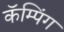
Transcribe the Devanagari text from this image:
कॅम्पिंग